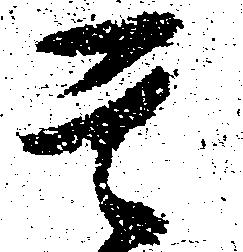
其